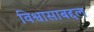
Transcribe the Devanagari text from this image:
विश्वासाबद्दल